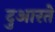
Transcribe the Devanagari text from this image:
दुआरते